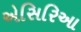
એસિરિઆ